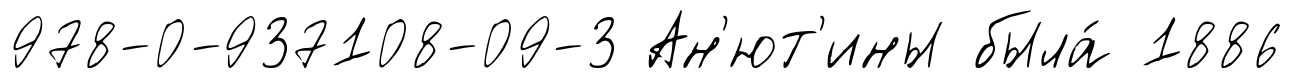
978-0-937108-09-3 Ан'ют'ины была́ 1886